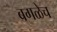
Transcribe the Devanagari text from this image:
बगळेच